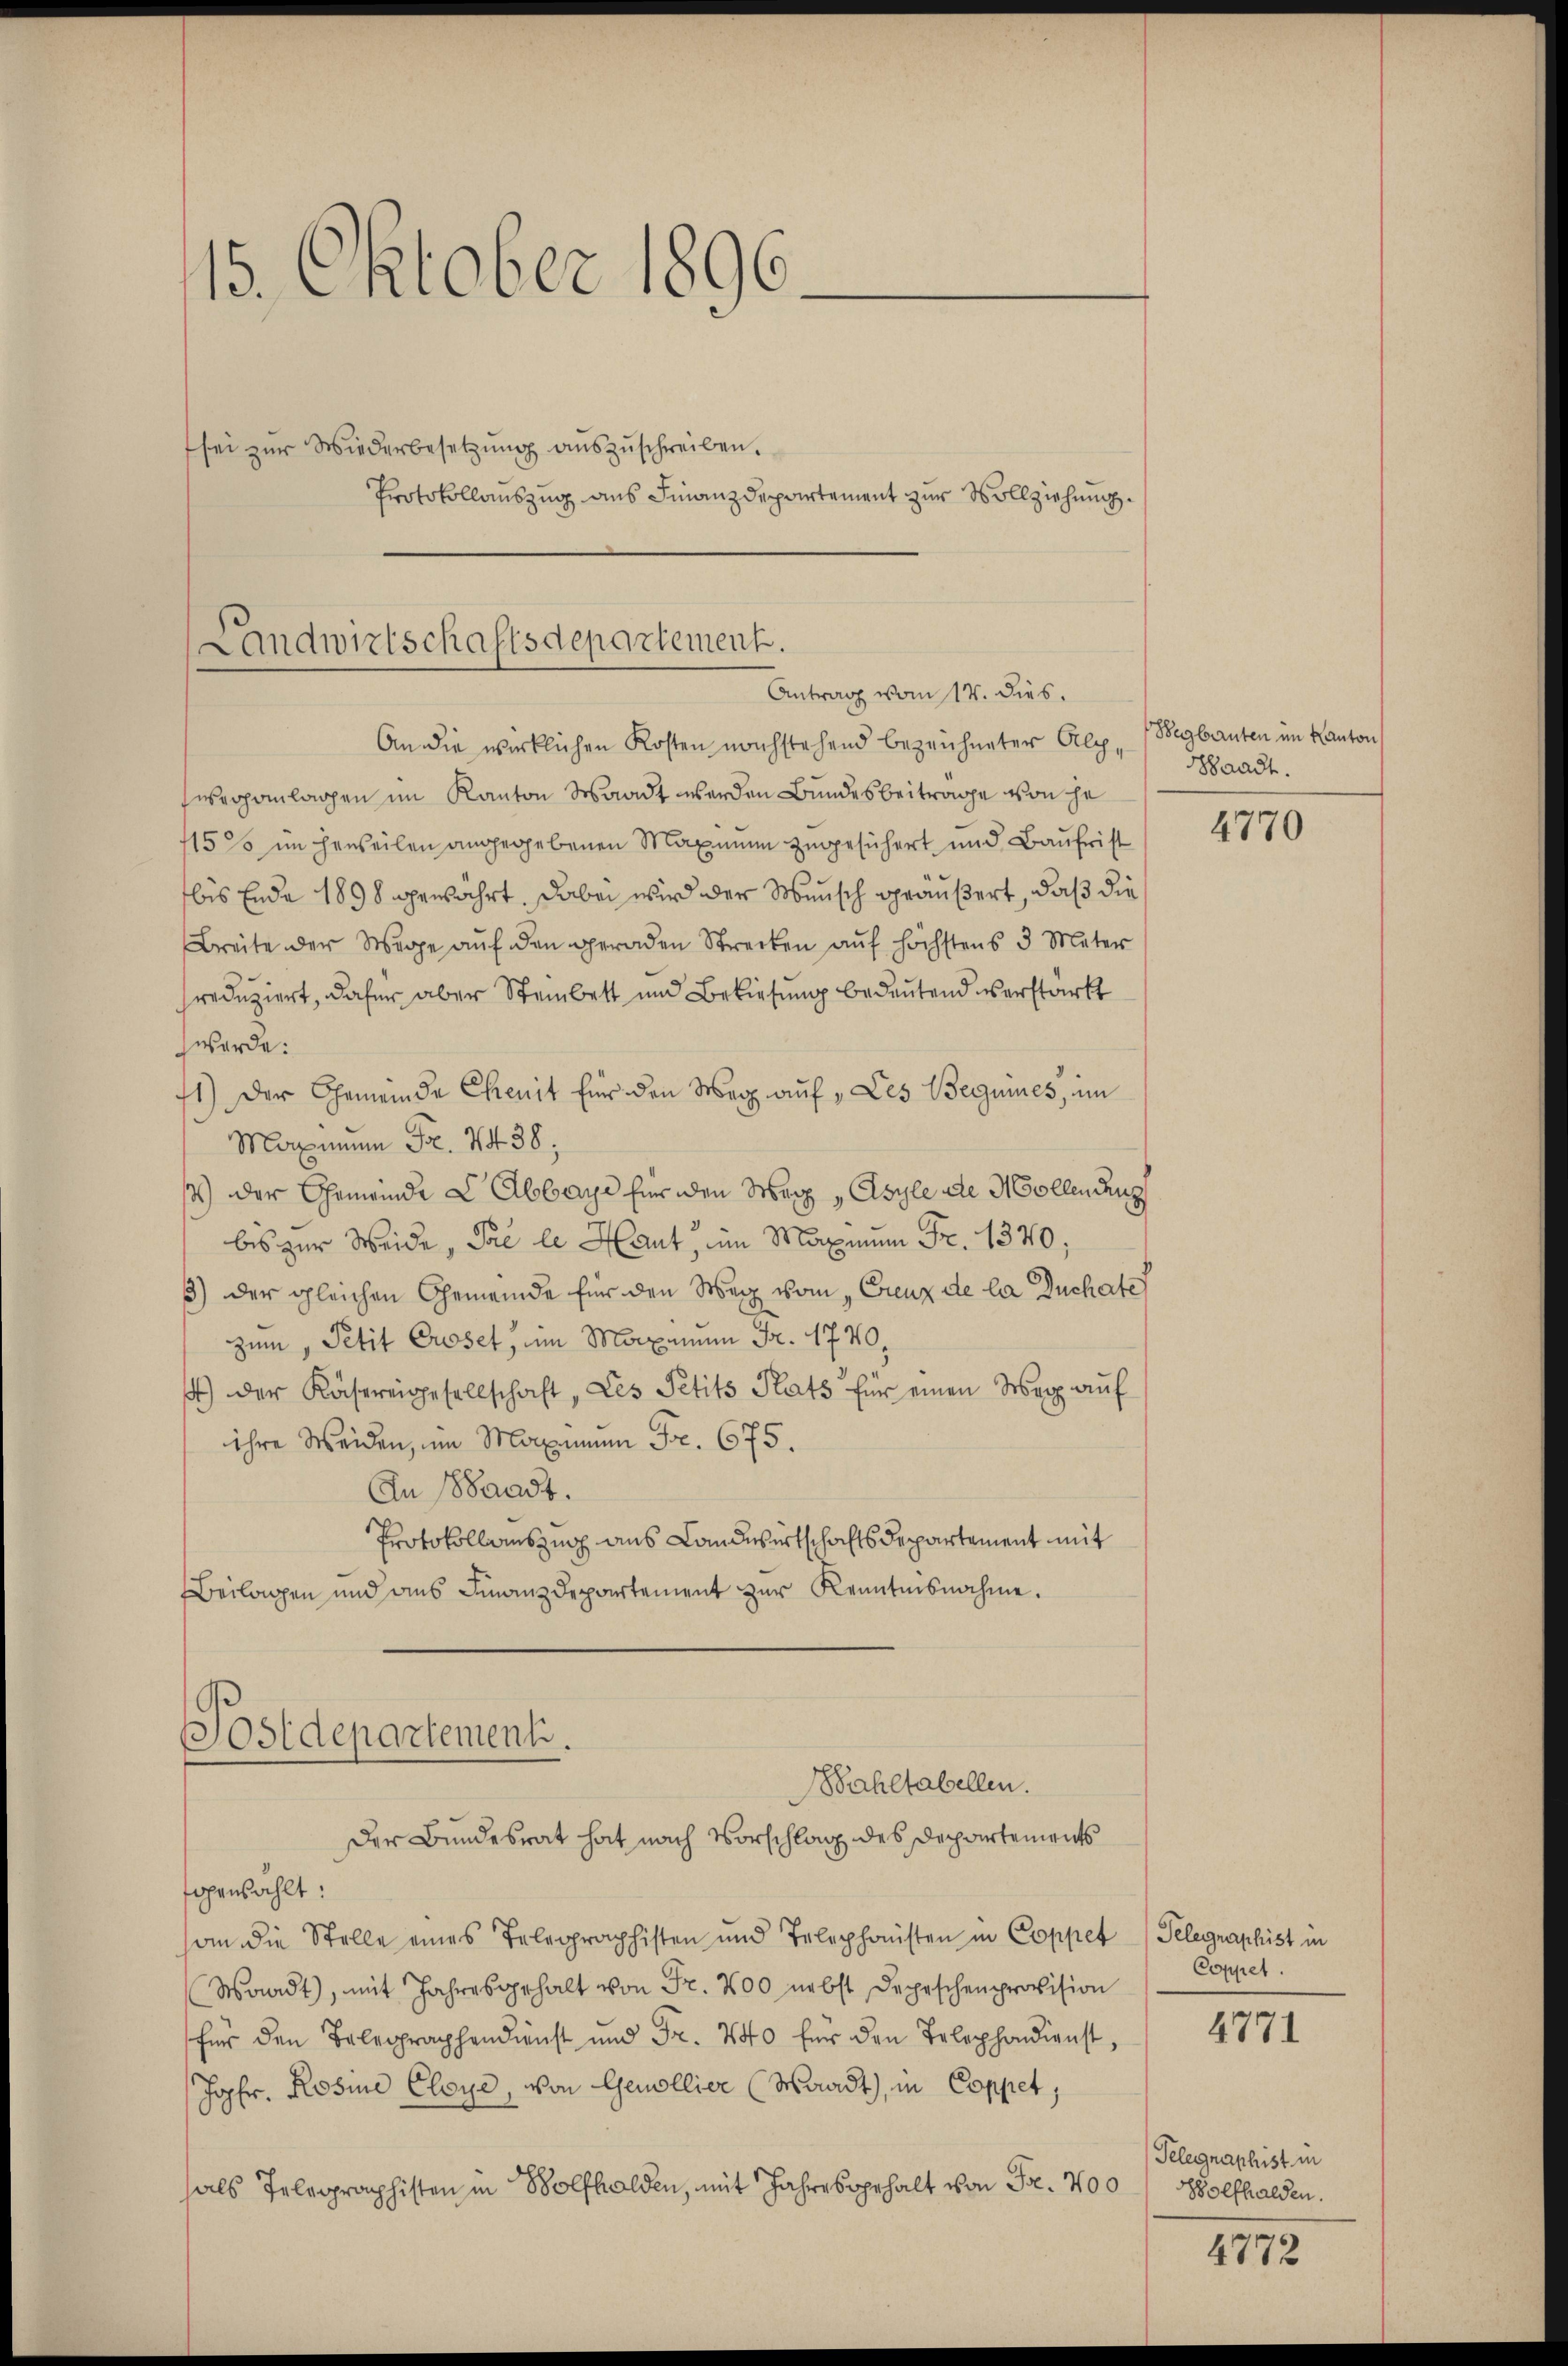
15. Oktober 1896.
sei zur Wiederbesetzŭng aŭszŭschreiben.
Protokollauszug aus Finanzdepartement zur Vollziehung.

Landwirtschaftsdepartement.
Antrag vom 14. dies.

An die wirklichen Kosten nachstehend bezeichneter Alpseveranlagen im Kanton Waadt werden Bundesbeitrage von je
15 % im Herteilen angegebenen Maximum zugesichert und Baufrist
bis Ende 1898 gewährt, dabei wird der Wunsch geäußert, daß die
Breite der Wege aŭf den geraden Strecken auf höchstens 3 Meter
sreduziert, dafür aber Steinbett und Bekiesung bedeutend verstärkt
werde:
1) Der Gemeinde Chenit für den Weg auf „Les Beguines, im
Maximum Fr. 1438,
s) der Gemeinde L Abbaye für den Wer „Asyle de Mollmang
bis zur Weide, Tal le Haut, im Maximum Fr. 1370,
3) der gleichen Gemeinde für den Weg vom „Creuz de la Duchate
zum, Petit Croset, um Maximum Fr. 1770,
4) der Käsereigesellschaft, Les Petits Rats für einen Weg aŭf
ihre Weiden, um Maximum Fr. 675.
An Waadt.
Protokollauszug aus Landwirtschafts Departement mit
Beilagen und des Finanzdepartement zur Kenntnisnahme.
Postdepartement.
ahltabellen.
Der Bundesrat hat nach Vorschlag des Departements
sogenzählt:
an die Stelle eines Telegraphisten und Telephonisten in Coppet (Telegraphist in
Waadt), mit Jahresgehalt von Fr. 200 nebst Depeschenprovision
für den Belegraphendienst und Fr. 440 für den Telephondienst,
Jopfr. Rosine Eleye, von Genollier (Waadt, in Coppet;
als Telegraphisten in Bolfhalden, mit Jahre sogehalt von Fr. 700

Wegbauten im Kanton
Waadt.

4770

Coppet.

4771

Pelegraphist in
Wolfhalden.

4772